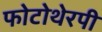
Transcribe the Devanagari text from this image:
फोटोथेरपी